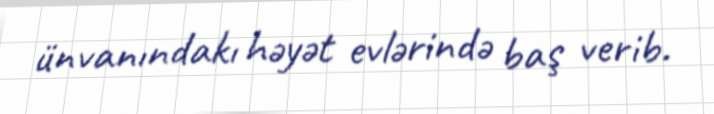
ünvanındakı həyət evlərində baş verib.